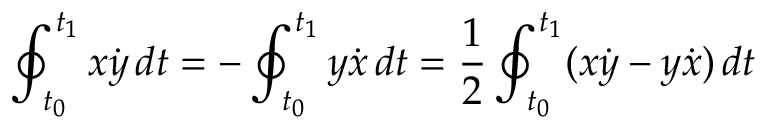
\oint _ { t _ { 0 } } ^ { t _ { 1 } } x { \dot { y } } \, d t = - \oint _ { t _ { 0 } } ^ { t _ { 1 } } y { \dot { x } } \, d t = { \frac { 1 } { 2 } } \oint _ { t _ { 0 } } ^ { t _ { 1 } } ( x { \dot { y } } - y { \dot { x } } ) \, d t